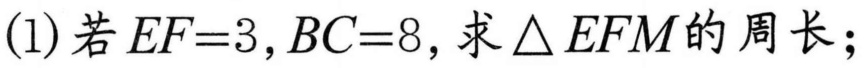
(1)若$EF = 3,BC = 8$, 求$\triangle EFM$的周长；